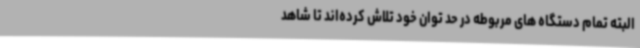
البته تمام دستگاه های مربوطه در حد توان خود تلاش کرده‌اند تا شاهد